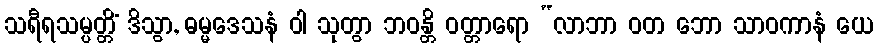
သရီရသမ္ပတ္တိံ ဒိသွာ, ဓမ္မဒေသနံ ဝါ သုတွာ ဘဝန္တိ ဝတ္တာရော “လာဘာ ဝတ ဘော သာဝကာနံ ယေ